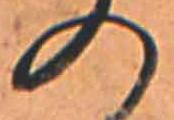
の